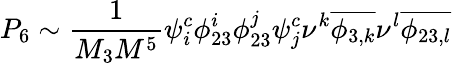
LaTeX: P_{6}\sim\frac{1}{M_{3}M^{5}}\psi_{i}^{c}\phi_{23}^{i}\phi_{23}^{j}\psi_{j}^{c}\nu^{k}\overline{{{\phi_{3,k}}}}\nu^{l}\overline{{{\phi_{23,l}}}}